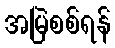
အမြဲစစ်ရန်